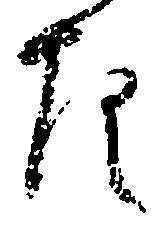
左